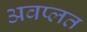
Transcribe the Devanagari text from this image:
अवप्लत